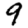
Digit: 9